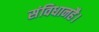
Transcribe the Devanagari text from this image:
संविधानहै।